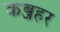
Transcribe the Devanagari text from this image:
कब्जहर